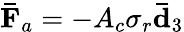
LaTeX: \mathbf{\bar{F}}_{a}=-A_{c}\sigma_{r}\mathbf{\bar{d}}_{3}